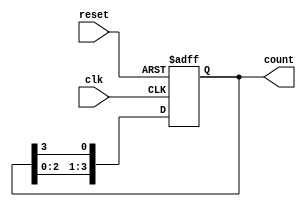
module multi_stage_ring_counter (
    input wire clk,              // Clock input
    input wire reset,            // Asynchronous reset
    output reg [N-1:0] count     // Output for the ring counter (N stages)
);
    parameter N = 4;             // Number of stages (flip-flops)

    // Initial state
    initial begin
        count = 1'b1;            // Initialize to 000...001
    end

    always @(posedge clk or posedge reset) begin
        if (reset) begin
            count <= 1'b1;        // Reset to 000...001
        end else begin
            count <= {count[N-2:0], count[N-1]}; // Shift left, wrap around
        end
    end
endmodule